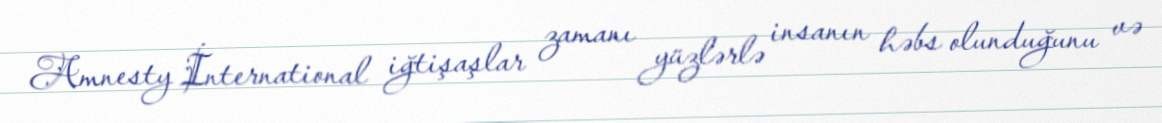
Amnesty İnternational iğtişaşlar zamanı yüzlərlə insanın həbs olunduğunu və